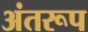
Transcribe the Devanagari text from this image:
अंतरूप